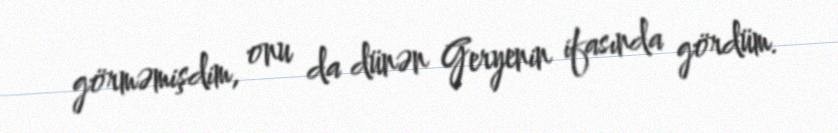
görməmişdim, onu da dünən Geryenin ifasında gördüm.